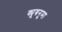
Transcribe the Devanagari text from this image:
क्यूबनुमा